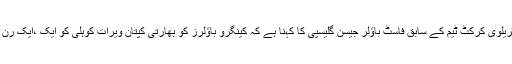
5 دسمبر2018ء) آسٹریلوی کرکٹ ٹیم کے سابق فاسٹ باﺅلر جیسن گلیسپی کا کہنا ہے کہ کینگرو باﺅلرز کو بھارتی کپتان ویرات کوہلی کو ایک ،ایک رن کے لیے ترسانا ہوگا ۔